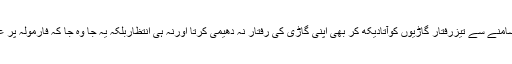
حتی کہ سامنے سے تیزرفتار گاڑیوں کوآتادیکھ کر بھی اپنی گاڑی کی رفتار نہ دھیمی کرتا اورنہ ہی انتظاربلکہ یہ جا وہ جا کہ فارمولہ پر عامل رہتا۔